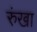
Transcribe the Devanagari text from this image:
रुंखा